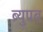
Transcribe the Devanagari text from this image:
ब्र्युपब